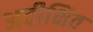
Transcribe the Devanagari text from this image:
अदीक्षित